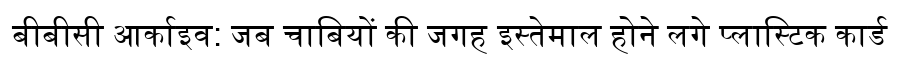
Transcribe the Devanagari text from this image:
बीबीसी आर्काइव: जब चाबियों की जगह इस्तेमाल होने लगे प्लास्टिक कार्ड